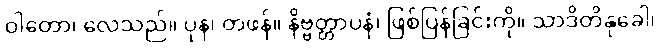
ဝါတော၊ လေသည်။ ပုန၊ တဖန်။ နိဗ္ဗတ္တာပနံ၊ ဖြစ်ပြန်ခြင်းကို။ သာဒိတိနုခေါ၊